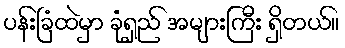
ပန်းခြံထဲမှာ ခုံရှည် အများကြီး ရှိတယ်။